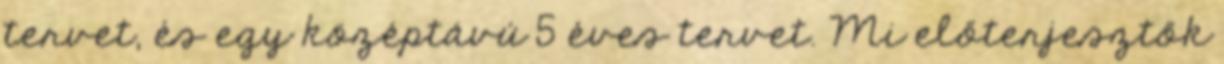
tervet, és egy középtávú 5 éves tervet. Mi előterjesztők